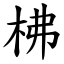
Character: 柫